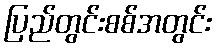
ပြည်တွင်းစစ်အတွင်း